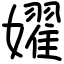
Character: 嬥